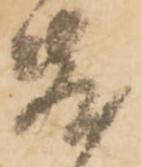
敷